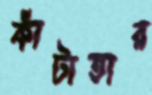
কাঁটাতার